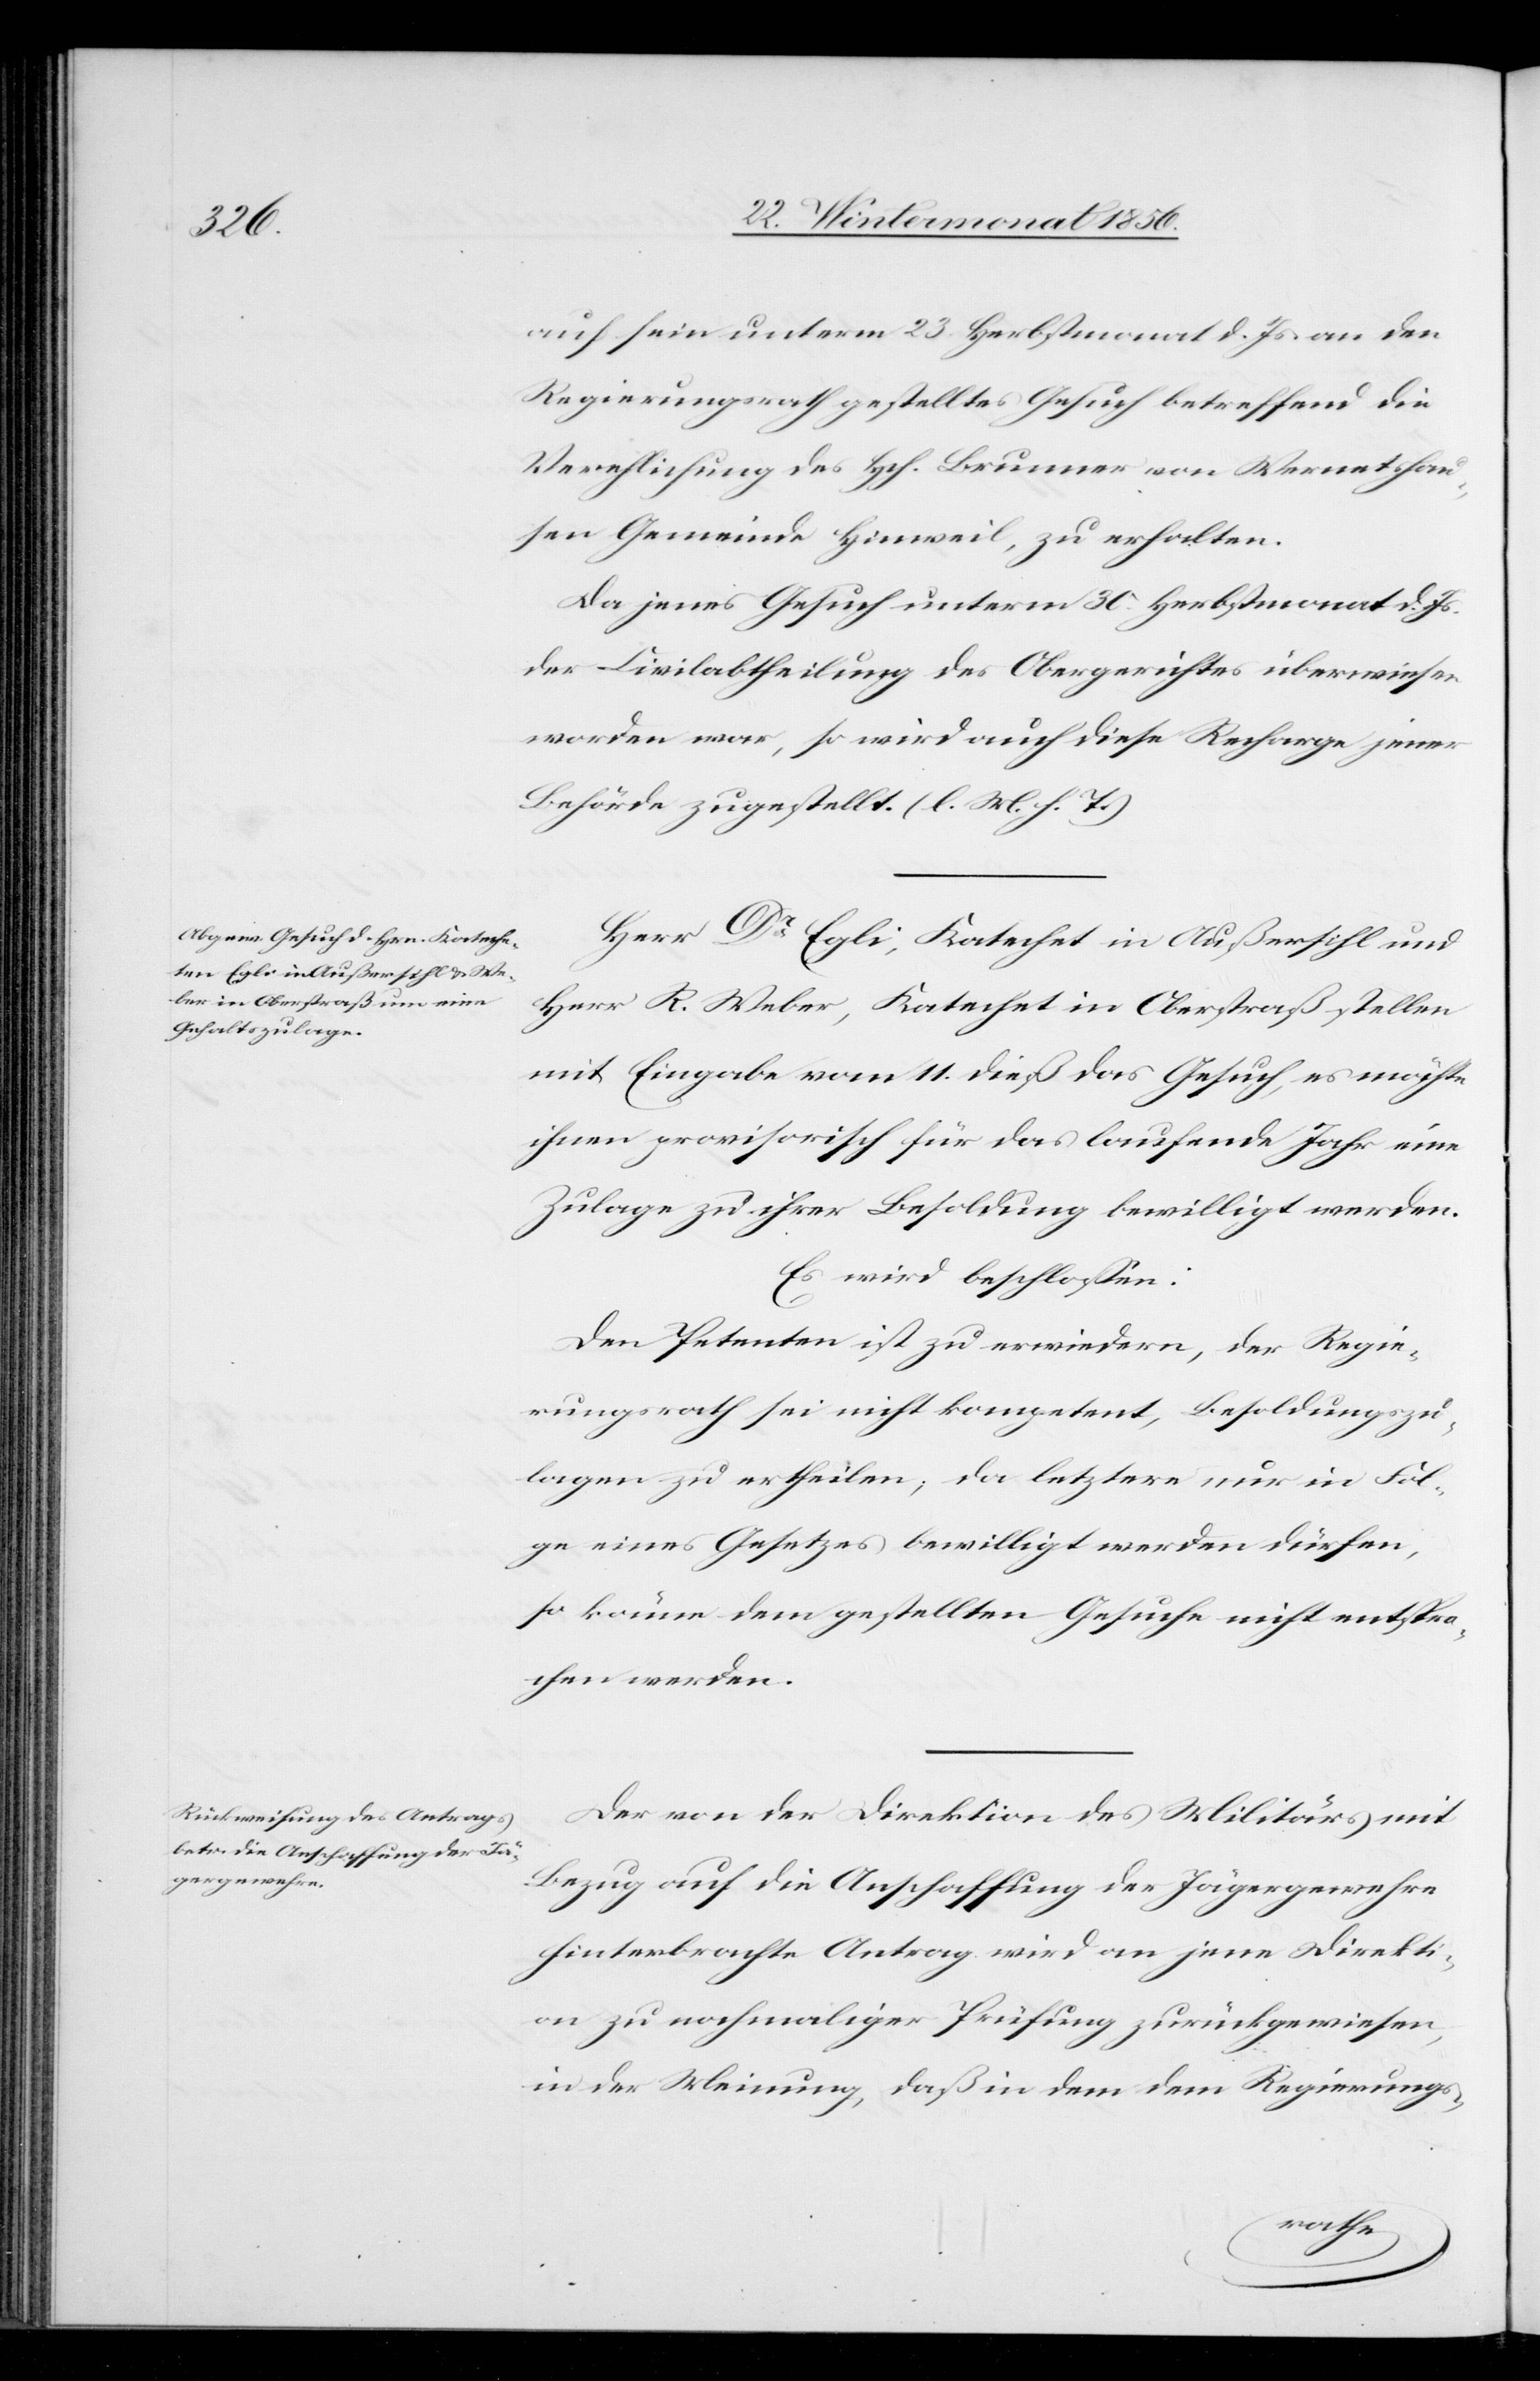
auf sein unterm 23. Herbstmonat d. Js. an den
Regierungsrath gestelltes Gesuch betreffend die
Verehlichung des Hch. Brunner von Wernetshau¬
sen Gemeinde Hinweil, zu erhalten.
Da jenes Gesuch unterm 30. Herbstmonat d. Js.
der Civilabtheilung des Obergerichtes überwiesen
worden war, so wird auch diese Recharge jener
Behörde zugestellt. (l. M. h. T.)
Herr Dr Egli, Katechet in Außersihl und
Herr R. Weber, Katechet in Oberstraß stellen
mit Eingabe vom 11. dieß das Gesuch, es möchte
ihnen provisorisch für das laufende Jahr eine
Zulage zu ihrer Besoldung bewilligt werden.
Es wird beschlossen:
Den Petenten ist zu erwiedern, der Regie¬
rungsrath sei nicht kompetent, Besoldungszu¬
lagen zu ertheilen; da letztere nur in Fol¬
ge eines Gesetzes bewilligt werden dürfen,
so könne dem gestellten Gesuche nicht entspro¬
chen werden.
Der von der Direktion des Militärs mit
Bezug auf die Anschaffung der Jägergewehre
hinterbrachte Antrag wird an jene Direkti¬
on zu nochmaliger Prüfung zurückgewiesen,
in der Meinung, daß in dem dem Regierungs-